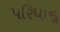
પરિધાનૢ